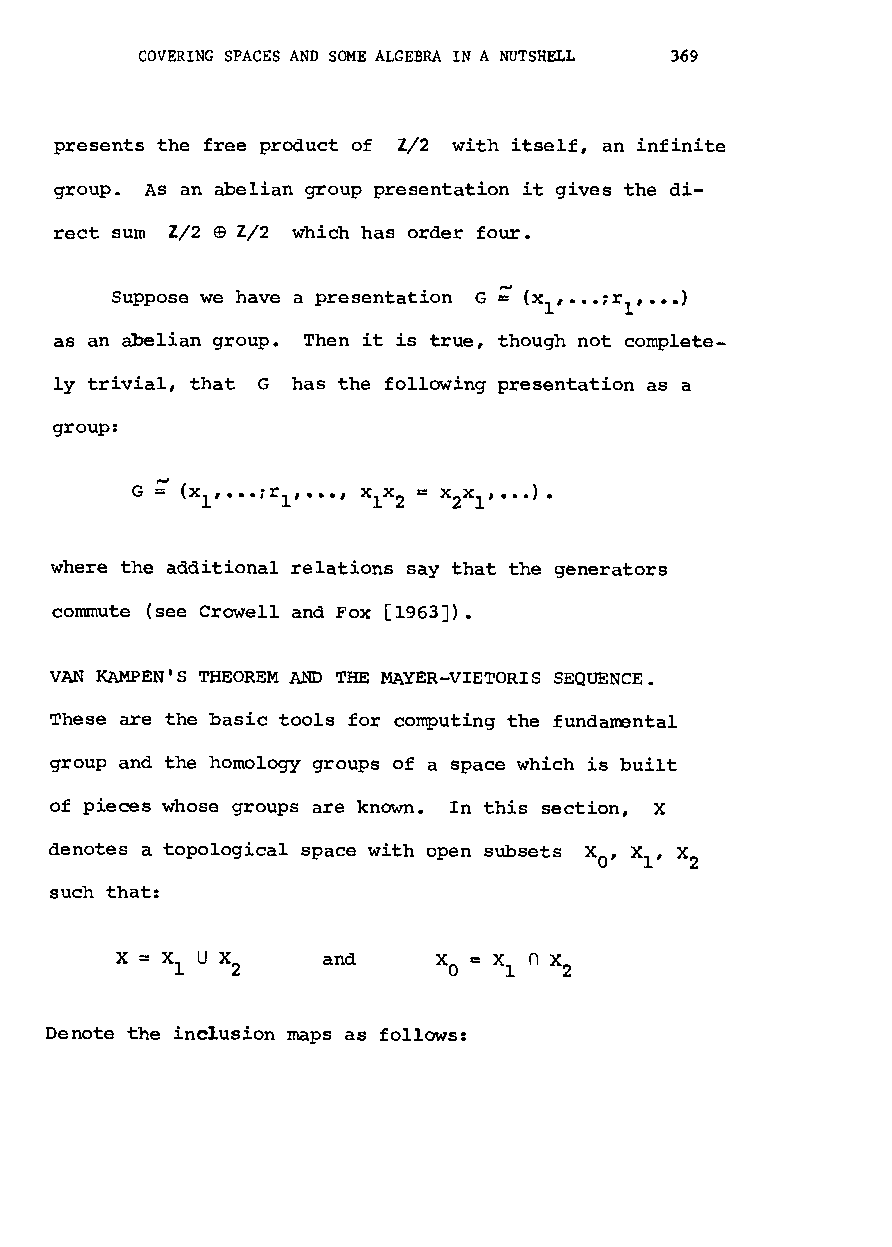
COVERING SPACES AND SOME ALGEBRA IN A NUTSHELL 369
 presents the free product of Z/2 with itself, an infinite
 group. AS an abelian group presentation it gives the di
 rect sum 2/2 ffi Z/2 which has order four.
 Suppose we have a presentation G ~ (xl, •••~rl'•••)
 as an abelian group. Then it is true, though not complete
 ly trivial, that G has the following presentation as a
 group:
 where the additional relations say that the generators
 commute (see Crowell and Fox [1963J).
 VAN KAMPEN'S THEOREM AND THE MAYER-VIETORIS SEQUENCE.
 These are the basic tools for computing the fundamental
 group and the homology groups of a space which is built
 of pieces whose groups are known. In this section, X
 denotes a topological space with open subsets X o, Xl' X
 2
 such that:
 x            and
 Denote the inelusion maps as follows: